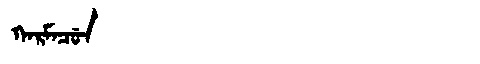
Manchu: ᡴᠠᡵᠮᠠᠴᡠᠨ
Romanization: KARMACUN